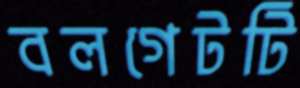
বলগেটটি